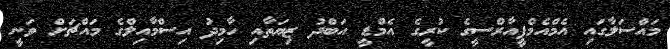
މައްސަލާގައި އެމްއެމްޕީއާރްސީގެ ކުރީގެ އެމްޑީ އަބްދު ޒިޔަތާއި ހާމިދު އިސްމާއިލްގެ މައްޗަށް ވަނީ